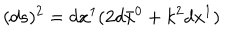
( d s ) ^ { 2 } = d x ^ { 1 } ( 2 d \bar { x } ^ { 0 } + k ^ { 2 } d x ^ { 1 } )